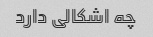
چه اشکالی دارد